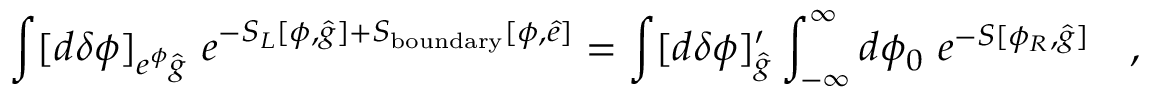
\int [ d \delta \phi ] _ { e ^ { \phi } { \hat { g } } } ~ e ^ { - S _ { L } [ \phi , { \hat { g } } ] + S _ { \mathrm { b o u n d a r y } } [ \phi , { \hat { e } } ] } = \int [ d \delta \phi ] _ { { \hat { g } } } ^ { \prime } \int _ { - \infty } ^ { \infty } d \phi _ { 0 } ~ e ^ { - S [ \phi _ { R } , { \hat { g } } ] } \quad ,